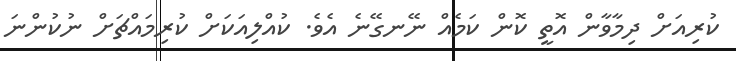
ކުރިއަށް ދިމާވާން އޮތީ ކޮން ކަމެއް ނޭނގޭނެ އެވެ. ކުއްލިއަކަށް ކުރިމައްޗަށް ނުކުންނަ